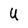
Character: U